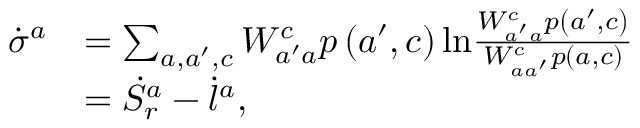
\begin{array} { r l } { \dot { \sigma } ^ { a } } & { = \sum _ { a , a ^ { \prime } , c } W _ { a ^ { \prime } a } ^ { c } p \left( a ^ { \prime } , c \right) \mathrm { l n } \frac { W _ { a ^ { \prime } a } ^ { c } p \left( a ^ { \prime } , c \right) } { W _ { a a ^ { \prime } } ^ { c } p \left( a , c \right) } } \\ & { = \dot { S } _ { r } ^ { a } - \dot { l } ^ { a } \mathrm { , } } \end{array}